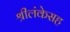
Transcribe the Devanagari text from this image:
श्रीलंकेसह